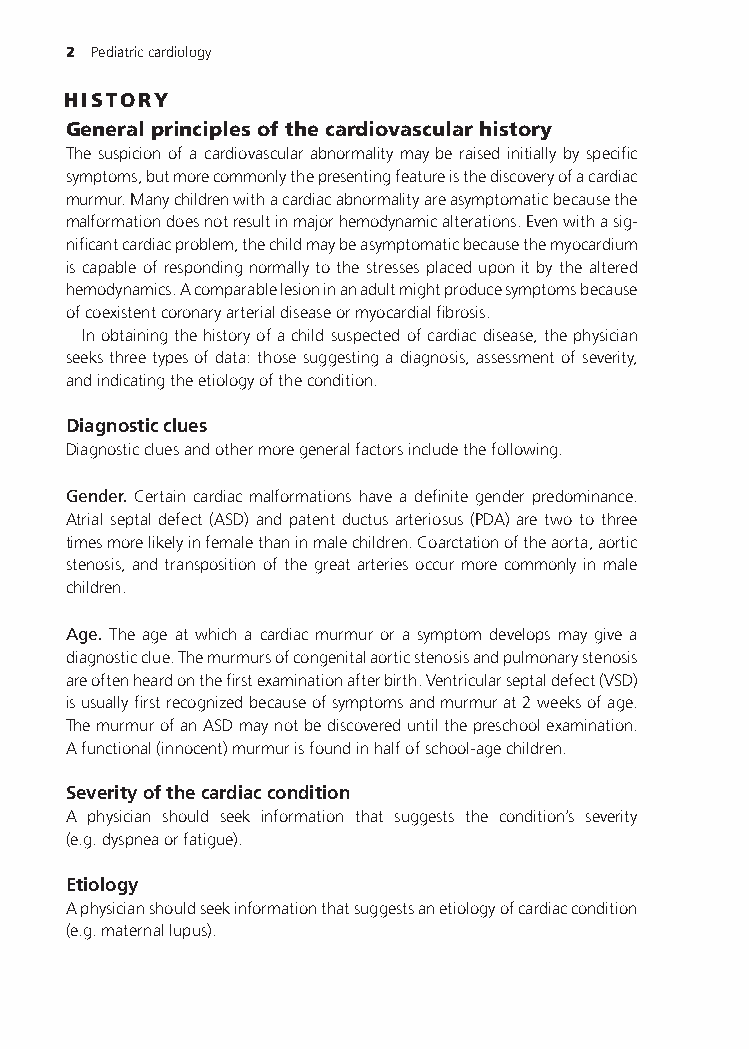
2 Pediatriccardiology
 HISTORY
 Generalprinciplesofthecardiovascularhistory
 The suspicion of a cardiovascular abnormality may be raised initially by specific
 symptoms,butmorecommonlythepresentingfeatureisthediscoveryofacardiac
 murmur.Manychildrenwithacardiacabnormalityareasymptomaticbecausethe
 malformationdoesnotresultinmajorhemodynamicalterations.Evenwithasig-
 nificantcardiacproblem,thechildmaybeasymptomaticbecausethemyocardium
 iscapableofrespondingnormallytothestressesplaceduponitbythealtered
 hemodynamics.Acomparablelesioninanadultmightproducesymptomsbecause
 ofcoexistentcoronaryarterialdiseaseormyocardialfibrosis.
 Inobtainingthehistoryofachildsuspectedofcardiacdisease,thephysician
 seeksthreetypesofdata:thosesuggestingadiagnosis,assessmentofseverity,
 andindicatingtheetiologyofthecondition.
 Diagnosticclues
 Diagnosticcluesandothermoregeneralfactorsincludethefollowing.
 Gender. Certain cardiac malformations have a definite gender predominance.
 Atrial septal defect (ASD) and patent ductus arteriosus (PDA) are two to three
 timesmorelikelyinfemalethaninmalechildren.Coarctationoftheaorta,aortic
 stenosis, and transposition of the great arteries occur more commonly in male
 children.
 Age. The age at which a cardiac murmur or a symptom develops may give a
 diagnosticclue.Themurmursofcongenitalaorticstenosisandpulmonarystenosis
 areoftenheardonthefirstexaminationafterbirth.Ventricularseptaldefect(VSD)
 isusuallyfirstrecognizedbecauseofsymptomsandmurmurat2weeksofage.
 ThemurmurofanASDmaynotbediscovereduntilthepreschoolexamination.
 Afunctional(innocent)murmurisfoundinhalfofschool-agechildren.
 Severityofthecardiaccondition
 A physician should seek information that suggests the condition’s severity
 (e.g.dyspneaorfatigue).
 Etiology
 Aphysicianshouldseekinformationthatsuggestsanetiologyofcardiaccondition
 (e.g.maternallupus).